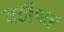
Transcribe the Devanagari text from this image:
यतीश्वर